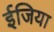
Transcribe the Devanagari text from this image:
ईजिया